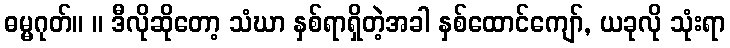
ဓမ္မဂုတ်။ ။ ဒီလိုဆိုတော့ သံဃာ နှစ်ရာရှိတဲ့အခါ နှစ်ထောင်ကျော်, ယခုလို သုံးရာ